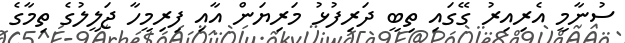
ސުނާމީ އެރިއިރު ގޭގައި ތިބީ ދަރިފުޅު މަރިޔަން އާއި ފިރިމީހާ ޖަލީލުގެ ތިމާގެ